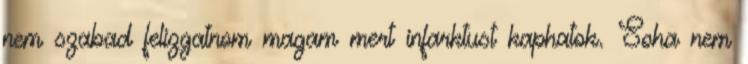
nem szabad felizgatnom magam mert infarktust kaphatok. Soha nem